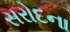
સરોદના